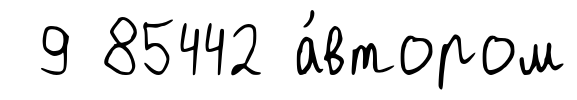
9 85442 а́втором